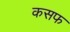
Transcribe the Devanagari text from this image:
कसफ